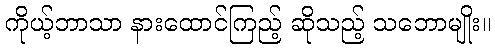
ကိုယ့်ဘာသာ နားထောင်ကြည့် ဆိုသည့် သဘောမျိုး။